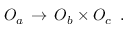
{ \cal O } _ { a } \, \rightarrow \, { \cal O } _ { b } \times { \cal O } _ { c } \, \, \, .